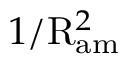
1 / \mathrm { R } _ { \mathrm { a m } } ^ { 2 }